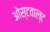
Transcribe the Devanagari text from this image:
ओस्टवाल्ट